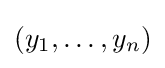
(y_{1},\ldots ,y_{n})